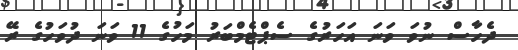
ދެހާސް ނުވަ ވަނަ އަހަރުގެ ސެޕްޓެމްބަރު މަހުގެ 11 ވަނަ ދުވަހުގެ ރޭ